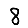
Digit: 8